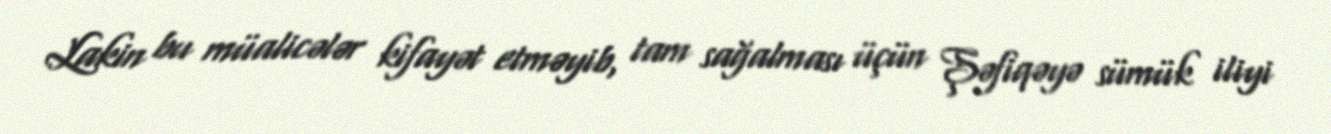
Lakin bu müalicələr kifayət etməyib, tam sağalması üçün Şəfiqəyə sümük iliyi